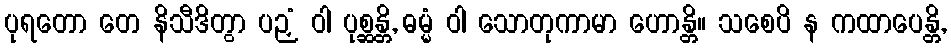
ပုရတော တေ နိသီဒိတွာ ပဉှံ ဝါ ပုစ္ဆန္တိ, ဓမ္မံ ဝါ သောတုကာမာ ဟောန္တိ။ သစေပိ န ကထာပေန္တိ,